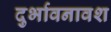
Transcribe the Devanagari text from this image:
दुर्भावनावश